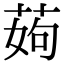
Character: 𦰰